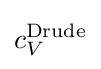
{\textstyle c_{V}^{\text{Drude}}}